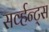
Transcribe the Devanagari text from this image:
सर्व्हन्ट्स